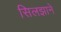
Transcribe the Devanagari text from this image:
सिलझाने